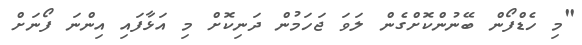
"މި ހެޑްފޯން ބޭނުންކޮށްގެން ލަވަ ޖަހަމުން ދަނިކޮށް މި އަޅާފައި އިންނަ ފޯނަށް